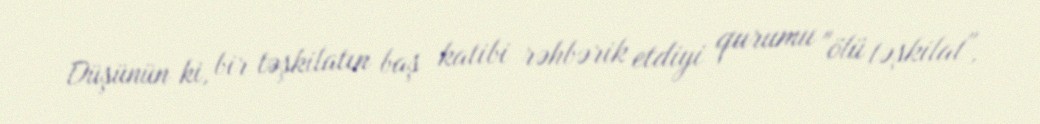
Düşünün ki, bir təşkilatın baş katibi rəhbərik etdiyi qurumu "ölü təşkilat",